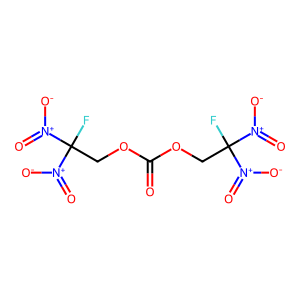
SMILES: O=C(OCC(F)([N+](=O)[O-])[N+](=O)[O-])OCC(F)([N+](=O)[O-])[N+](=O)[O-]
Inhibits HIV replication: No